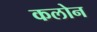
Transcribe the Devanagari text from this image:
कलोन